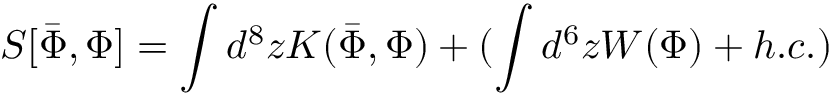
S [ \bar { \Phi } , \Phi ] = \int d ^ { 8 } z K ( \bar { \Phi } , \Phi ) + ( \int d ^ { 6 } z W ( \Phi ) + h . c . )